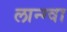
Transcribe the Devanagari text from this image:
लान्ग्वा